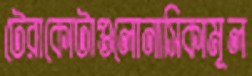
টেরাকোটাগুলোনাসিকামূল